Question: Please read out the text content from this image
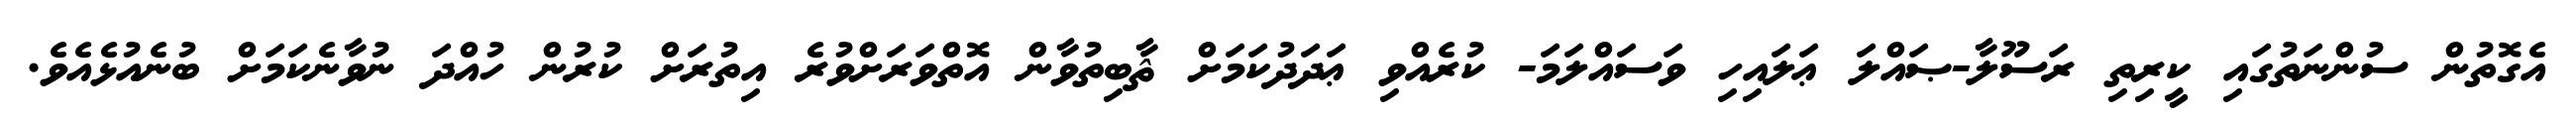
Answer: އެގޮތުން ސުންނަތުގައި ކީރިތި ރަސޫލާ-ޞައްލަ ޢަލައިހި ވަސައްލަމަ- ކުރެއްވި ޢަދަދުކަމަށް ޘާބިތުވާން އޮތްވަރަށްވުރެ އިތުރަށް ކުރުން ހުއްދަ ނުވާނެކަމަށް ބުނެއުޅެއެވެ.